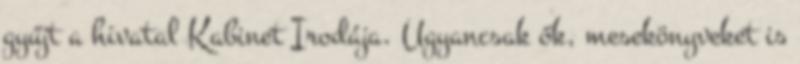
gyűjt a hivatal Kabinet Irodája. Ugyancsak ők, mesekönyveket is